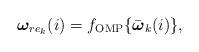
LaTeX: \begin{align*}\boldsymbol\omega_{re_k}(i)=f_{\textrm{OMP}}\{\bar{\boldsymbol\omega}_k(i)\},\end{align*}